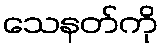
သေနတ်ကို